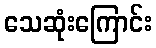
သေဆုံးကြောင်း